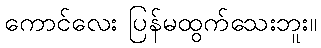
ကောင်လေး ပြန်မထွက်သေးဘူး။